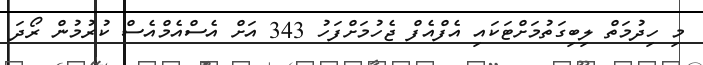
މި ހިދުމަތް ލިބިގަތުމަށްޓަަކައި އެފްއެފް ޖެހުމަށްފަހު 343 އަށް އެސްއެމްއެސް ކުުރުމުން ރޯދަ